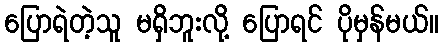
ပြောရဲတဲ့သူ မရှိဘူးလို့ ပြောရင် ပိုမှန်မယ်။